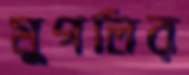
মুগলির